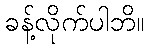
ခန့်လိုက်ပါဘိ။